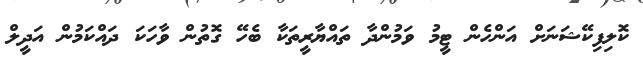
ކޮލިފިކޭޝަނަށް އަންހެން ޓީމު ވަމުންދާ ތައްޔާރީތަކާ ބެހޭ ގޮތުން ވާހަކަ ދައްކަމުން އަދީލް